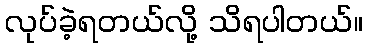
လုပ်ခဲ့ရတယ်လို့ သိရပါတယ်။